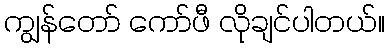
ကျွန်တော် ကော်ဖီ လိုချင်ပါတယ်။